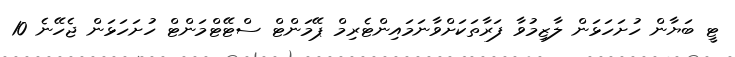
ޓީ ބަޔާން ހުށަހަޅަން ލާޒިމުވާ ފަރާތަކަށްވާނަމައިންޓެރިމް ޕޭމަންޓް ސްޓޭޓްމަންޓް ހުށަހަޅަން ޖެހޭނެ 10